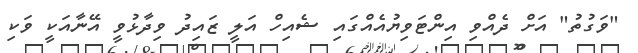
"ވަގުތު" އަށް ދެއްވި އިންޓަވިޔުއެއްގައި ޝެއިހް އަލީ ޒައިދު ވިދާޅުވީ އޭނާއަކީ ވަކި